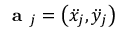
\textbf { a } _ { j } = \left( \ddot { x } _ { j } , \ddot { y } _ { j } \right)